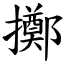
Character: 擲